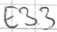
Text: E3.3